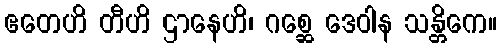
ဧတေဟိ တီဟိ ဌာနေဟိ၊ ဂစ္ဆေ ဒေဝါန သန္တိကေ။